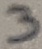
Text: 3